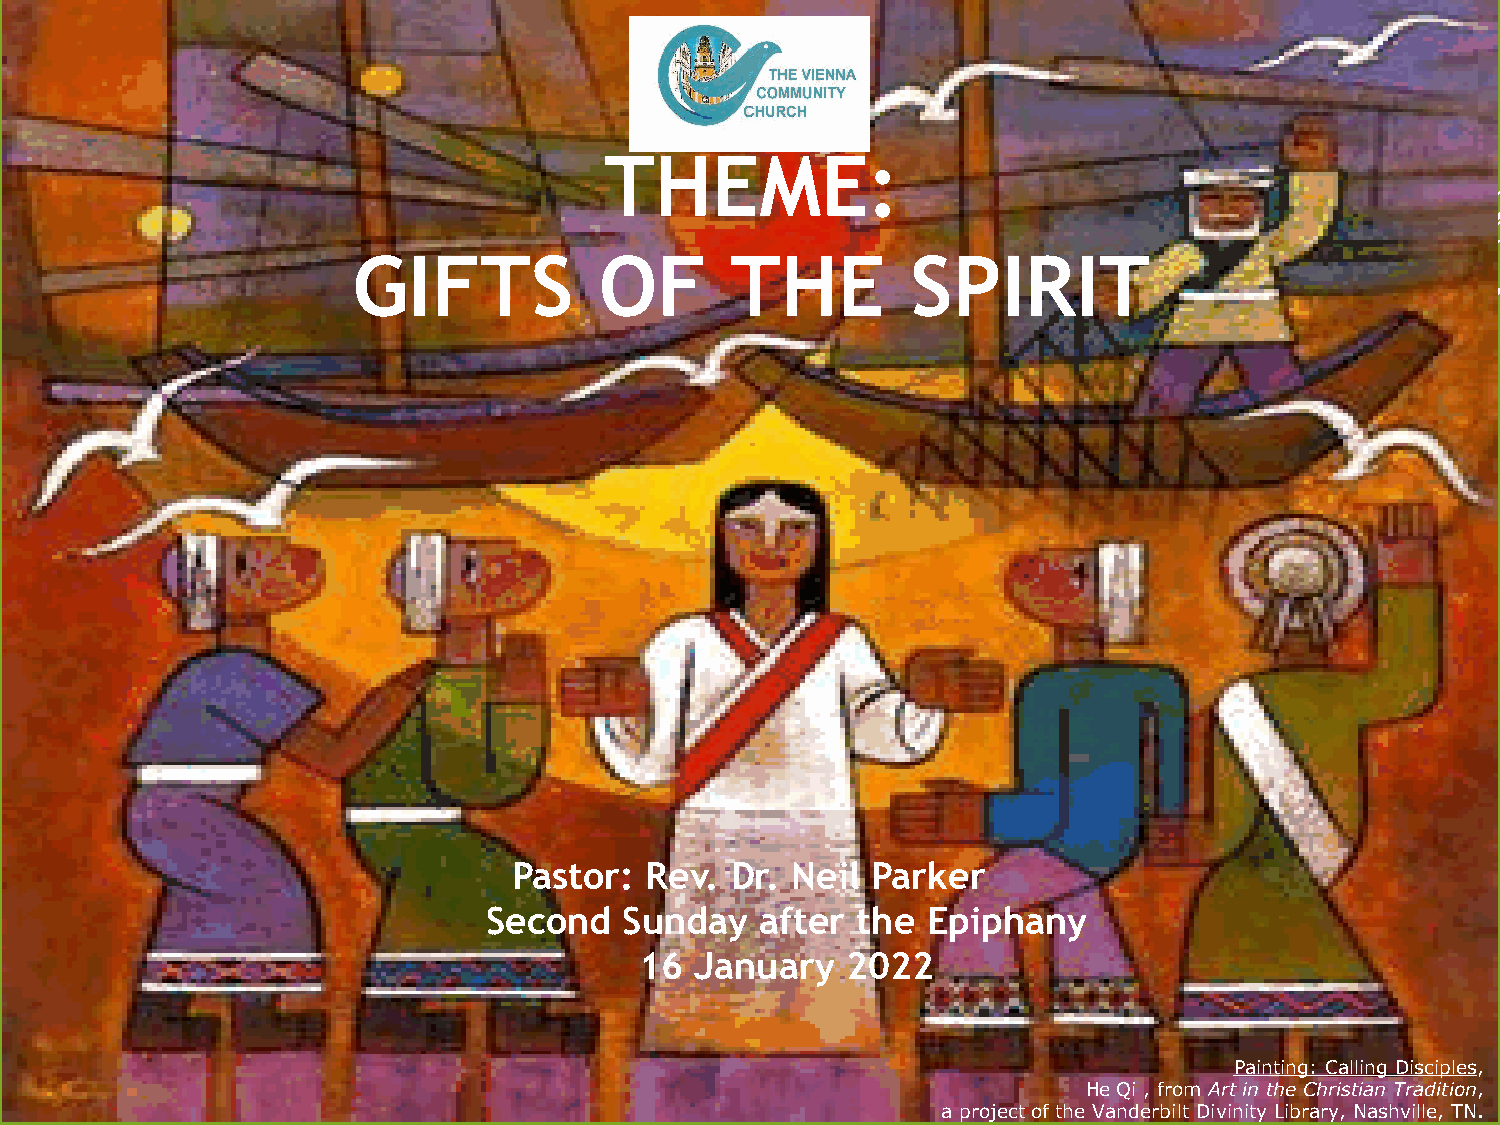
THEME:
 GIFTS            OF      THE         SPIRIT
 Pastor:  Rev. Dr. Neil  Parker
 Second   Sunday   after  the Epiphany
 16  January   2022
 Painting: Calling Disciples,
 He Qi , from Art in the Christian Tradition,
 a project of the Vanderbilt Divinity Library, Nashville, TN.